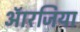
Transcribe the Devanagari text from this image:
ऑरजिया